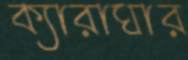
ক্যারাঘার